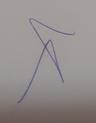
Signature authenticity: genuine